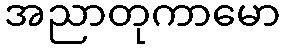
အညာတုကာမော